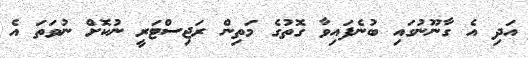
އަދި އެ ގާނޫނުގައި ބުނެފައިވާ ގޮތުގެ މަތިން ރަޖިސްޓަރީ ނުކޮށް ނުވަތަ އެ